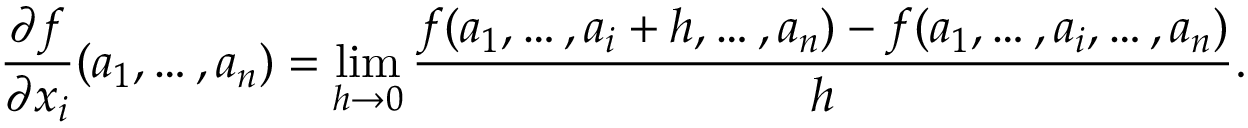
{ \frac { \partial f } { \partial x _ { i } } } ( a _ { 1 } , \ldots , a _ { n } ) = \operatorname* { l i m } _ { h \to 0 } { \frac { f ( a _ { 1 } , \ldots , a _ { i } + h , \ldots , a _ { n } ) - f ( a _ { 1 } , \ldots , a _ { i } , \ldots , a _ { n } ) } { h } } .